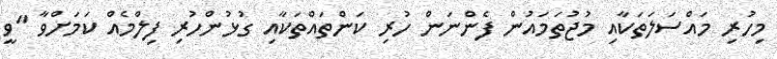
މިހުރި މައްސަލަތަކާއި މުޖުތަމައުން ފެންނަން ހުރި ކަންތައްތަކާއި ގުޅުންހުރި ފިލްމެއް ކަމަށްވާ "ވީ